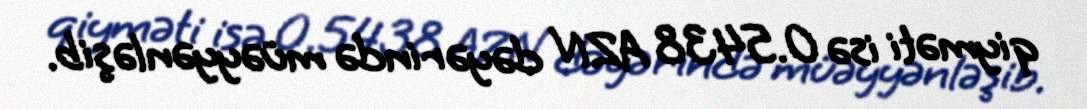
qiyməti isə 0.5438 AZN dəyərində müəyyənləşib.